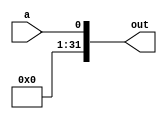
module zeroExt(a, out);
    input a;
    output reg [31:0]out;
    integer  i;
    always @* begin
        
        for (i = 0; i < 32; i = i + 1) begin
            out[i]= 1'b0;
        end
        out[0]=a;
    end
    
endmodule